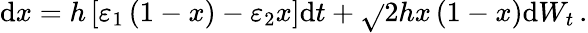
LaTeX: \mathrm{d}x=h\left[\varepsilon_{1}\left(1-x\right)-\varepsilon_{2}x\right]\mathrm{d}t+\sqrt{}{{2hx\left(1-x\right)}}\mathrm{d}W_{t}\, .